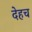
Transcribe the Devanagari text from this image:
देहच